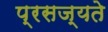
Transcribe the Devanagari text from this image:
प्रसज्यते